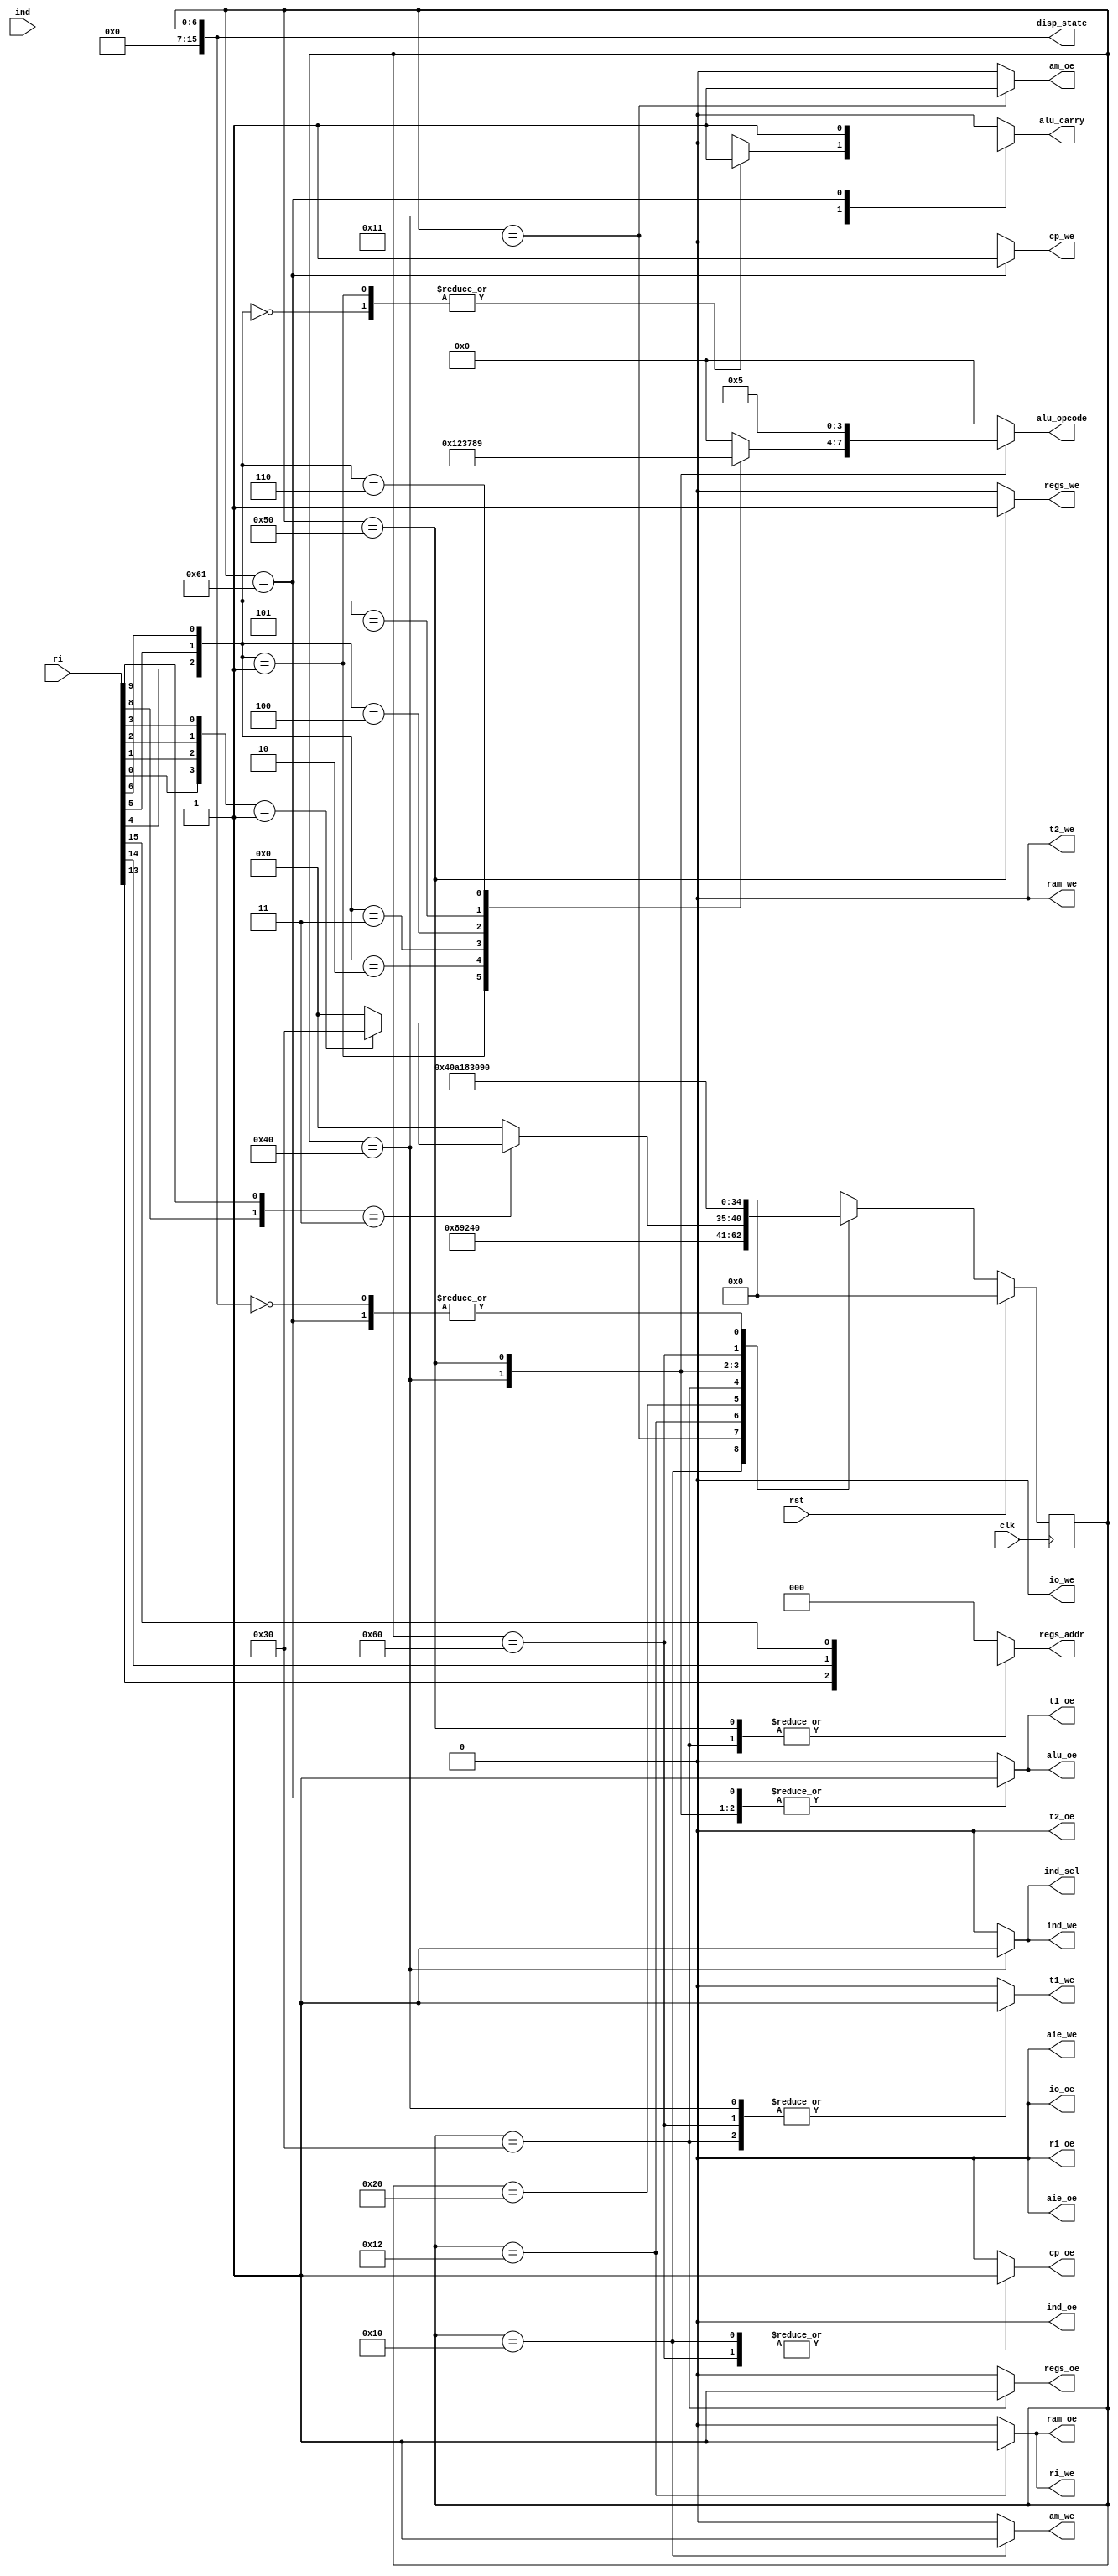
`timescale 1ns / 1ps
//////////////////////////////////////////////////////////////////////////////////
// Company:
// Engineer:
//
// Design Name:
// Module Name:    uc
// Project Name:
// Target Devices:
// Tool versions:
// Description:
//
// Dependencies:
//
// Revision:
// Revision 0.01 - File Created
// Additional Comments:
//
//////////////////////////////////////////////////////////////////////////////////
module uc(
        clk,
        rst,
        ri,
        ind,
        regs_addr,
        regs_oe,
        regs_we,
        alu_oe,
        alu_carry,
        alu_opcode,
        ram_oe,
        ram_we,
        io_oe,
        io_we,
        cp_oe,
        cp_we,
        ind_sel,
        ind_oe,
        ind_we,
        am_oe,
        am_we,
        aie_oe,
        aie_we,
        t1_oe,
        t1_we,
        t2_oe,
        t2_we,
        ri_oe,
        ri_we,
        disp_state
    );

parameter word_width =          16;
parameter state_width =         16;

`define ADC                     0
`define SBB1                    1
`define SBB2                    2
`define NOT                     3
`define AND                     4
`define OR                      5
`define XOR                     6
`define SHL                     7
`define SHR                     8
`define SAR                     9

`define RA                      0
`define RB                      1
`define RC                      2
`define IS                      3
`define XA                      4
`define XB                      5
`define BA                      6
`define BB                      7

input                           clk;
input                           rst;
input [word_width-1 : 0]        ri;
input [word_width-1 : 0]        ind;
output reg                      alu_oe;
output reg                      alu_carry;
output reg[3 : 0]               alu_opcode;
output reg                      ram_oe;
output reg                      ram_we;
output reg                      io_oe;
output reg                      io_we;
output reg[2 : 0]               regs_addr;
output reg                      regs_oe;
output reg                      regs_we;
output reg                      cp_oe;
output reg                      cp_we;
output reg                      ind_sel;        // controls IND register input (0 = bus, 1 = alu flags)
output reg                      ind_oe;
output reg                      ind_we;
output reg                      am_oe;
output reg                      am_we;
output reg                      aie_oe;
output reg                      aie_we;
output reg                      t1_oe;
output reg                      t1_we;
output reg                      t2_oe;
output reg                      t2_we;
output reg                      ri_oe;          // controls RI register output which generates the offset for Jcond instructions
output reg                      ri_we;
output[state_width-1 : 0]       disp_state;

wire [0:6]                      cop;
wire                            d;
wire [0:1]                      mod;
wire [0:2]                      rg;
wire [0:2]                      rm;

assign cop  = {ri[0], ri[1], ri[2], ri[3], ri[4], ri[5], ri[6]};
assign d    = {ri[7]};
assign mod  = {ri[8], ri[9]};
assign rg   = {ri[10], ri[11], ri[12]};
assign rm   = {ri[13], ri[14], ri[15]};

`define reset                   'h00            // reset state
`define fetch                   'h10            // load instruction to instruction register
`define decode                  'h20            // analyze loaded instruction
`define load                    'h30            // load operand from register
`define exec                    'h40            // execute 1 operand instructions
`define store                   'h50            // store result to register
`define inc_cp                  'h60            // increment program counter

reg [state_width-1 : 0] state = `reset, state_next;

// FSM - sequential part
always @(posedge clk) begin
    state <= `reset;

    if(!rst)
        state <= state_next;
end

// FSM - combinational part
always @(*) begin
    state_next = `reset;
    alu_oe = 0;
    alu_carry = 0;
    alu_opcode = 0;
    ram_oe = 0;
    ram_we = 0;
    io_oe = 0;
    io_we = 0;
    regs_addr = 0;
    regs_oe = 0;
    regs_we = 0;
    cp_oe = 0;
    cp_we = 0;
    ind_sel = 0;
    ind_oe = 0;
    ind_we = 0;
    am_oe = 0;
    am_we = 0;
    aie_oe = 0;
    aie_we = 0;
    t1_oe = 0;
    t1_we = 0;
    t2_oe = 0;
    t2_we = 0;
    ri_oe = 0;
    ri_we = 0;

    case(state)
        `reset: begin
            state_next = `fetch;
        end

        `fetch: begin
            cp_oe = 1;
            am_we = 1;

            state_next = `fetch + 1;
        end

        `fetch + 'd1: begin
            am_oe = 1;

            state_next = `fetch + 2;
        end

        `fetch + 'd2: begin
            ram_oe = 1;
            ri_we = 1;

            state_next = `decode;
        end

        `decode: begin
            if(mod == 2'b11) begin
                if(cop[0:3] == 4'b0001) begin
                    state_next = `load;
                end
            end
        end

        `load: begin
            regs_addr = rm;
            regs_oe = 1;
            t1_we = 1;

            state_next = `exec;
        end

        `exec: begin
            t1_oe = 1;
            case(cop[4:6])
                3'b000: begin                               // INC
                    alu_carry = 1;
                    alu_opcode = `ADC;
                end
                3'b001: begin                               // DEC
                    alu_carry = 1;
                    alu_opcode = `SBB1;
                end
                3'b010: begin                               // NEG
                    alu_carry = 0;
                    alu_opcode = `SBB2;
                end
                3'b011: begin                               // NOT
                    alu_opcode = `NOT;
                end
                3'b100: alu_opcode = `SHL;                  // SHL/SAL
                3'b101: alu_opcode = `SHR;                  // SHR
                3'b110: alu_opcode = `SAR;                  // SAR
            endcase
            alu_oe = 1;
            t1_we = 1;
            ind_sel = 1;
            ind_we = 1;

            state_next = `store;
        end

        `store: begin
            t1_oe = 1;
            t2_oe = 0;
            alu_opcode = `OR;
            alu_oe = 1;
            regs_addr = rm;
            regs_we = 1;

            state_next = `inc_cp;
        end

        `inc_cp: begin
            cp_oe = 1;
            t1_we = 1;

            state_next = `inc_cp + 1;
        end

        `inc_cp + 'd1: begin
            t1_oe = 1;
            cp_we = 1;
            alu_oe = 1;
            alu_carry = 1;
            alu_opcode = `ADC;

            state_next = `fetch;
        end

        default: ;
    endcase
end

assign disp_state = state;

endmodule